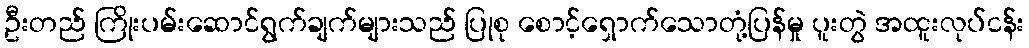
ဦးတည် ကြိုးပမ်းဆောင်ရွက်ချက်များသည် ပြုစု စောင့်ရှောက်သောတုံ့ပြန်မှု ပူးတွဲ အထူးလုပ်ငန်း